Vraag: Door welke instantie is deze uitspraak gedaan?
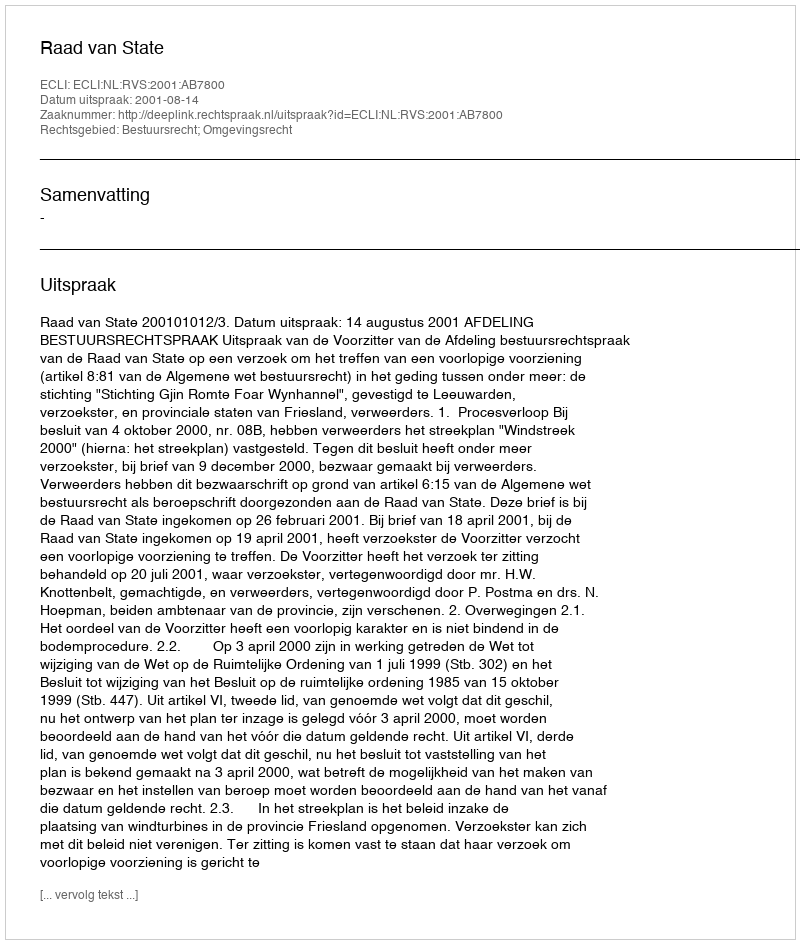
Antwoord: Raad van State